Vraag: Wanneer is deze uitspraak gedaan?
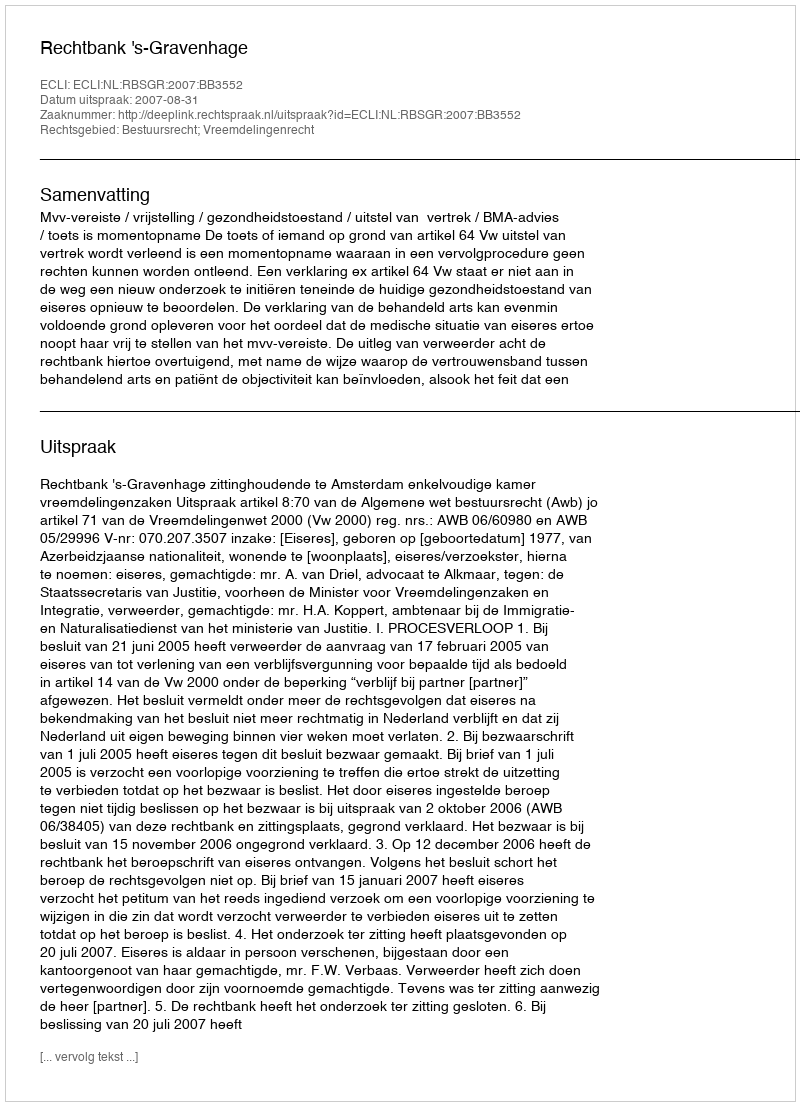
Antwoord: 2007-08-31